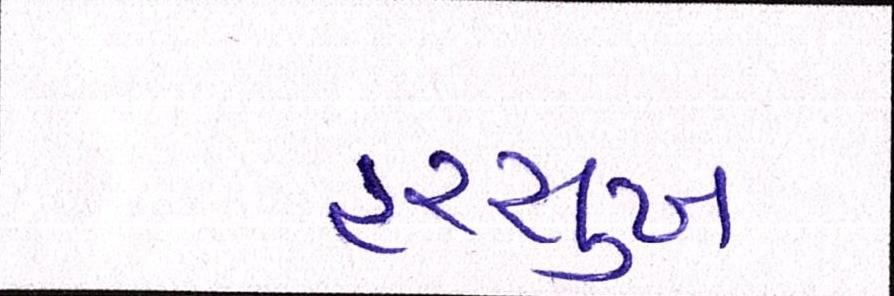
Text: હરસુખ